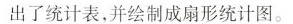
出了统计表，并绘制成扇形统计图。